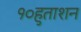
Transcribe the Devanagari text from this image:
१०हुताशन